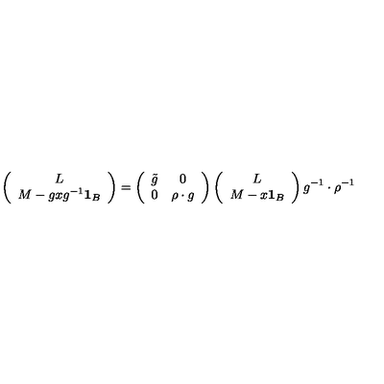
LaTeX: \left( \begin{array} { c } { L } \\ { M - g x g ^ { - 1 } { \bf 1 } _ { B } } \\ \end{array} \right) = \left( \begin{array} { c c } { \tilde { g } } & { 0 } \\ { 0 } & { \rho \cdot g } \\ \end{array} \right) \left( \begin{array} { c } { L } \\ { M - x { \bf 1 } _ { B } } \\ \end{array} \right) g ^ { - 1 } \cdot \rho ^ { - 1 }